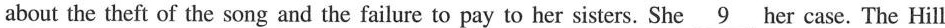
about the theft of the song and the failure to pay to her sisters. She \underline{9} her case. The Hill